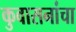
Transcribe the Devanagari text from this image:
कुवासनांचा